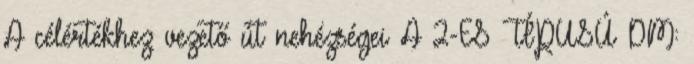
A célértékhez vezető út nehézségei A 2-ES TÍPUSÚ DM: